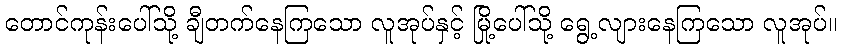
တောင်ကုန်းပေါ်သို့ ချီတက်နေကြသော လူအုပ်နှင့် မြို့ပေါ်သို့ ရွေ့လျားနေကြသော လူအုပ်။